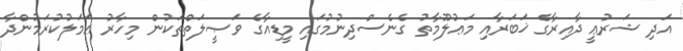
އަދި ޝަރުޢީ ދާއިރާގެ ޚަބަރާއި މަޢުލޫމާތު ގެނެސްދިނުމުގައި މީޑިއާގެ ވަޞީލަތްތަކުން މިހާރު ޢަމަލުކުރަމުންދާ